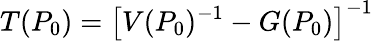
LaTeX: T(P_{0})=\left[V(P_{0})^{-1}-G(P_{0})\right]^{-1}